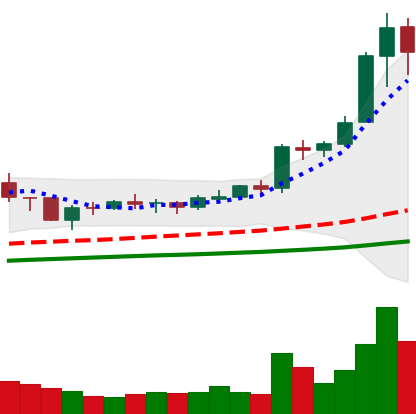
Ticker: BNB-USD
Chart end date: 2021-02-07
Forward return: 99.661%
Label: up_7plus